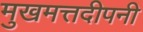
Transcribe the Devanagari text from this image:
मुखमत्तदीपनी